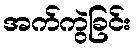
အက်ကွဲခြင်း